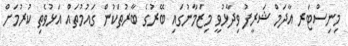
މިނިސްޓަރ އާދަމް ޝަރީފު ވިދާޅުވީ މިޒަމާނުގައި ބޭރުގެ ބާރުތަކުން ގައުމުތައް އަޅުވެތި ކުރުމަށް